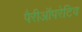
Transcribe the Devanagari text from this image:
पैरीऑपरेटिव